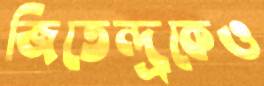
জিতেন্দ্রকেও